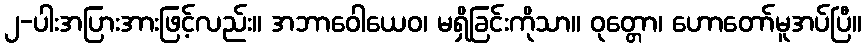
၂-ပါးအပြားအားဖြင့်လည်း။ အဘာဝေါယေဝ၊ မရှိခြင်းကိုသာ။ ဝုတ္တော၊ ဟောတော်မူအပ်ပြီ။